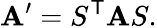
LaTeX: \mathbf{A}^{\prime}=S^{\mathsf{{T}}}\mathbf{A}S.